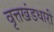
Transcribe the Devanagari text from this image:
वृत्तखंडधारी